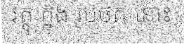
វត្ថុ ក្នុង រូបថត នោះ